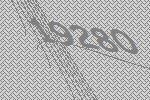
19280